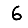
Digit: 6